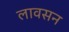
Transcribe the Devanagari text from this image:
लावसन